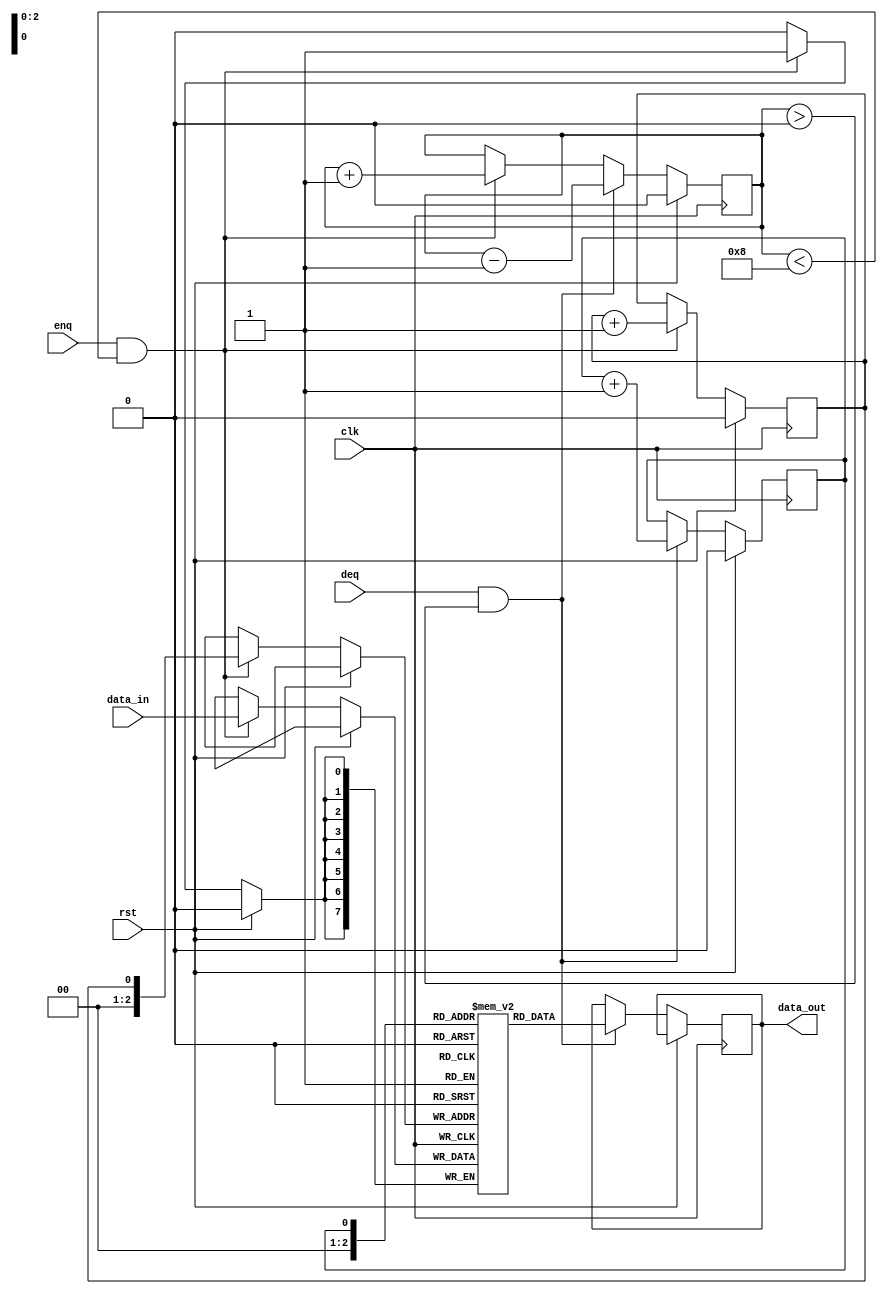
module fifo_buffer
(
 input wire clk,
 input wire rst,
 input wire enq,
 input wire deq,
 input wire [7:0] data_in,
 output reg [7:0] data_out
);

parameter BUFFER_SIZE = 8; // Size of the FIFO buffer

reg [7:0] buffer [0:BUFFER_SIZE-1];
reg front = 0;
reg back = 0;
reg count = 0;

always @(posedge clk) begin
 if (rst) begin
  front <= 0;
  back <= 0;
  count <= 0;
 end else begin
  if (enq && count < BUFFER_SIZE) begin
   buffer[back] <= data_in;
   back <= (back == BUFFER_SIZE-1) ? 0 : back + 1;
   count <= count + 1;
  end

  if (deq && count > 0) begin
   data_out <= buffer[front];
   front <= (front == BUFFER_SIZE-1) ? 0 : front + 1;
   count <= count - 1;
  end
 end
end

endmodule